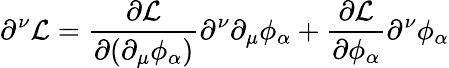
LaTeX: \partial^{\nu}{\mathcal{L}}={\frac{\partial{\mathcal{L}}}{\partial(\partial_{\mu}\phi_{\alpha})}}\partial^{\nu}\partial_{\mu}\phi_{\alpha}+{\frac{\partial{\mathcal{L}}}{\partial\phi_{\alpha}}}\partial^{\nu}\phi_{\alpha}